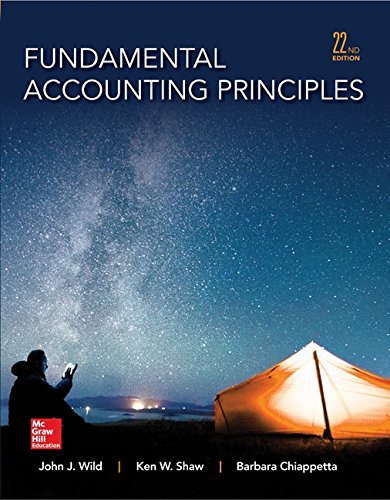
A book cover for Fundamental Accounting Principles; John Wild; Business & Money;